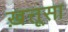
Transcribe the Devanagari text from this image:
ख़त्तूसा